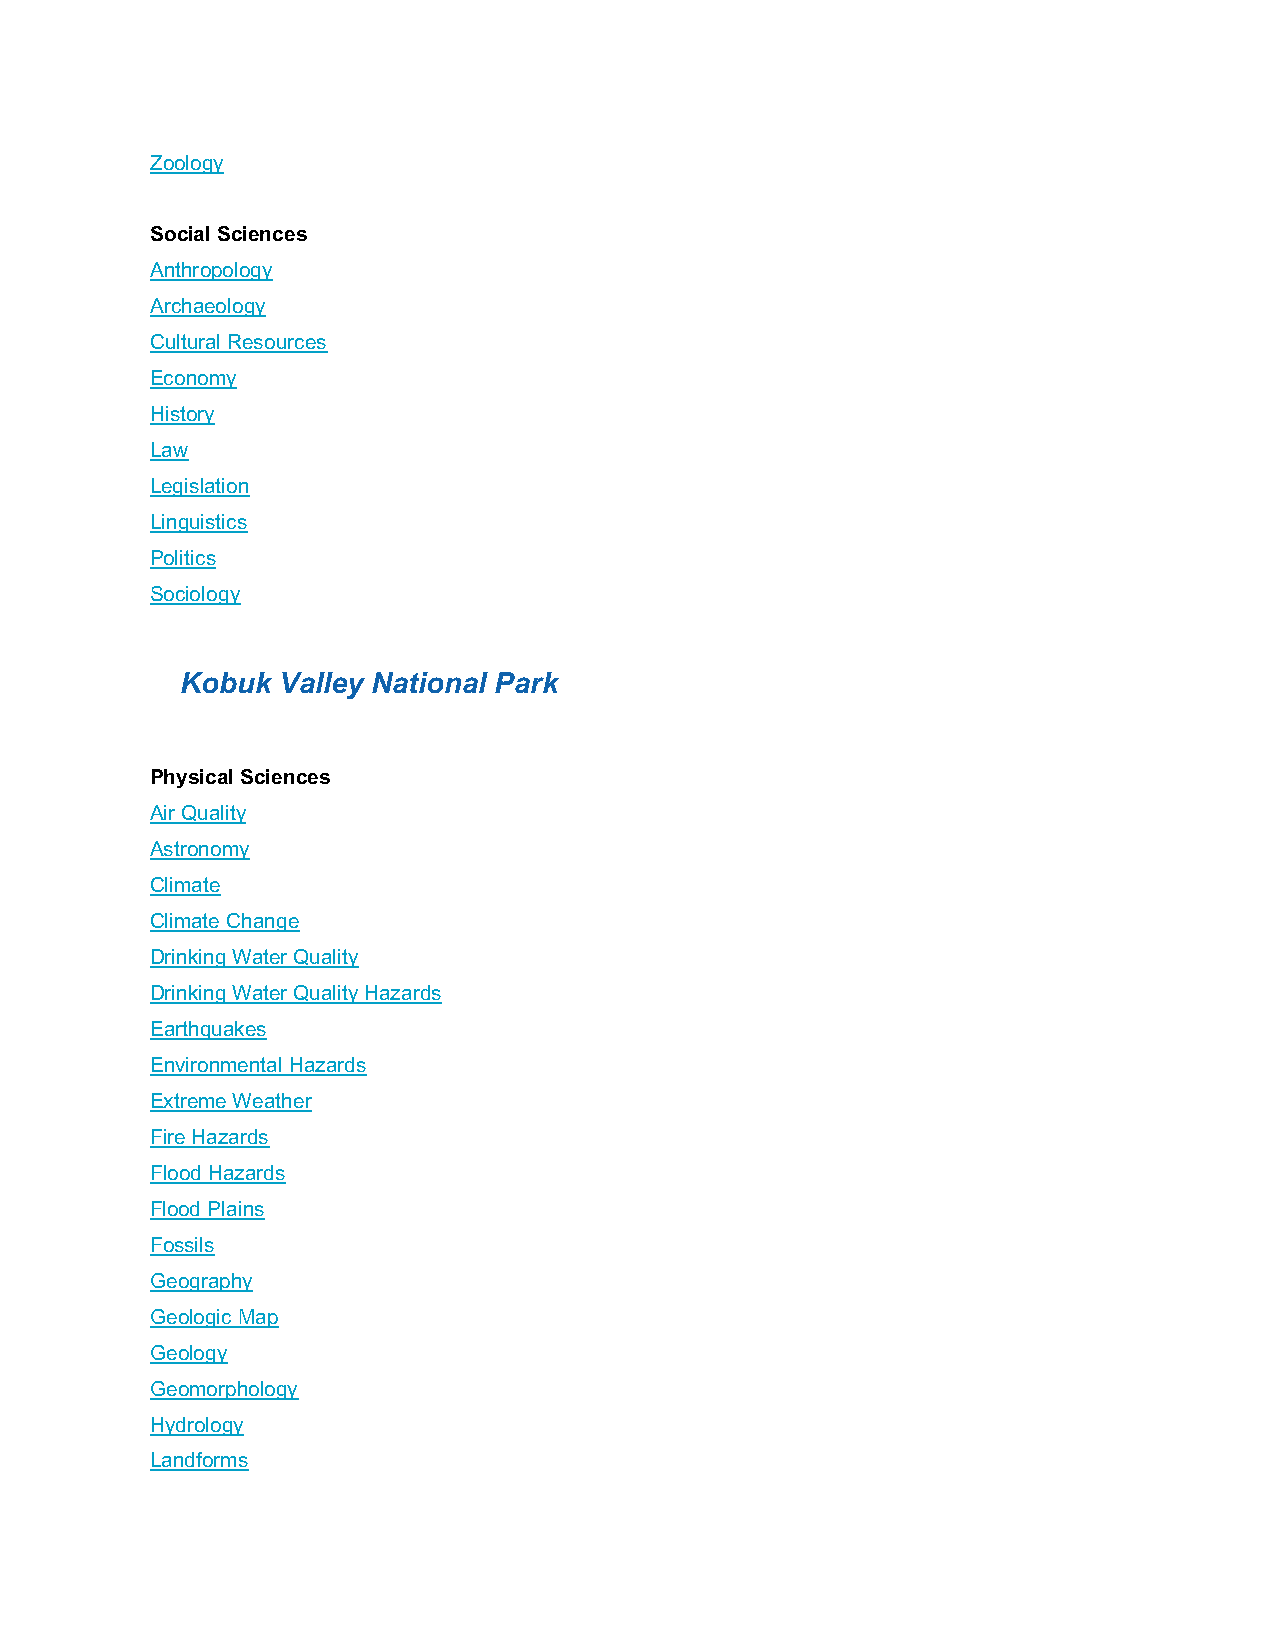
Zoology
 Social Sciences
 Anthropology
 Archaeology
 Cultural Resources
 Economy
 History
 Law
 Legislation
 Linguistics
 Politics
 Sociology
 Kobuk Valley National Park
 Physical Sciences
 Air Quality
 Astronomy
 Climate
 Climate Change
 Drinking Water Quality
 Drinking Water Quality Hazards
 Earthquakes
 Environmental Hazards
 Extreme Weather
 Fire Hazards
 Flood Hazards
 Flood Plains
 Fossils
 Geography
 Geologic Map
 Geology
 Geomorphology
 Hydrology
 Landforms